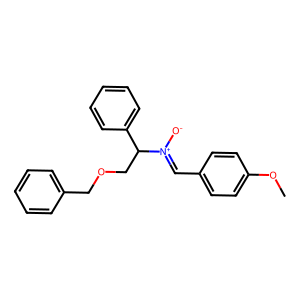
SMILES: COc1ccc(C=[N+]([O-])C(COCc2ccccc2)c2ccccc2)cc1
Inhibits HIV replication: No